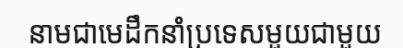
នាមជាមេដឹកនាំប្រទេសមួយជាមួយ